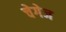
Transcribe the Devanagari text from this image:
चेगेज